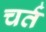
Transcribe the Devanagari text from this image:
चर्त